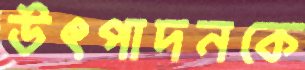
উৎপাদনকে